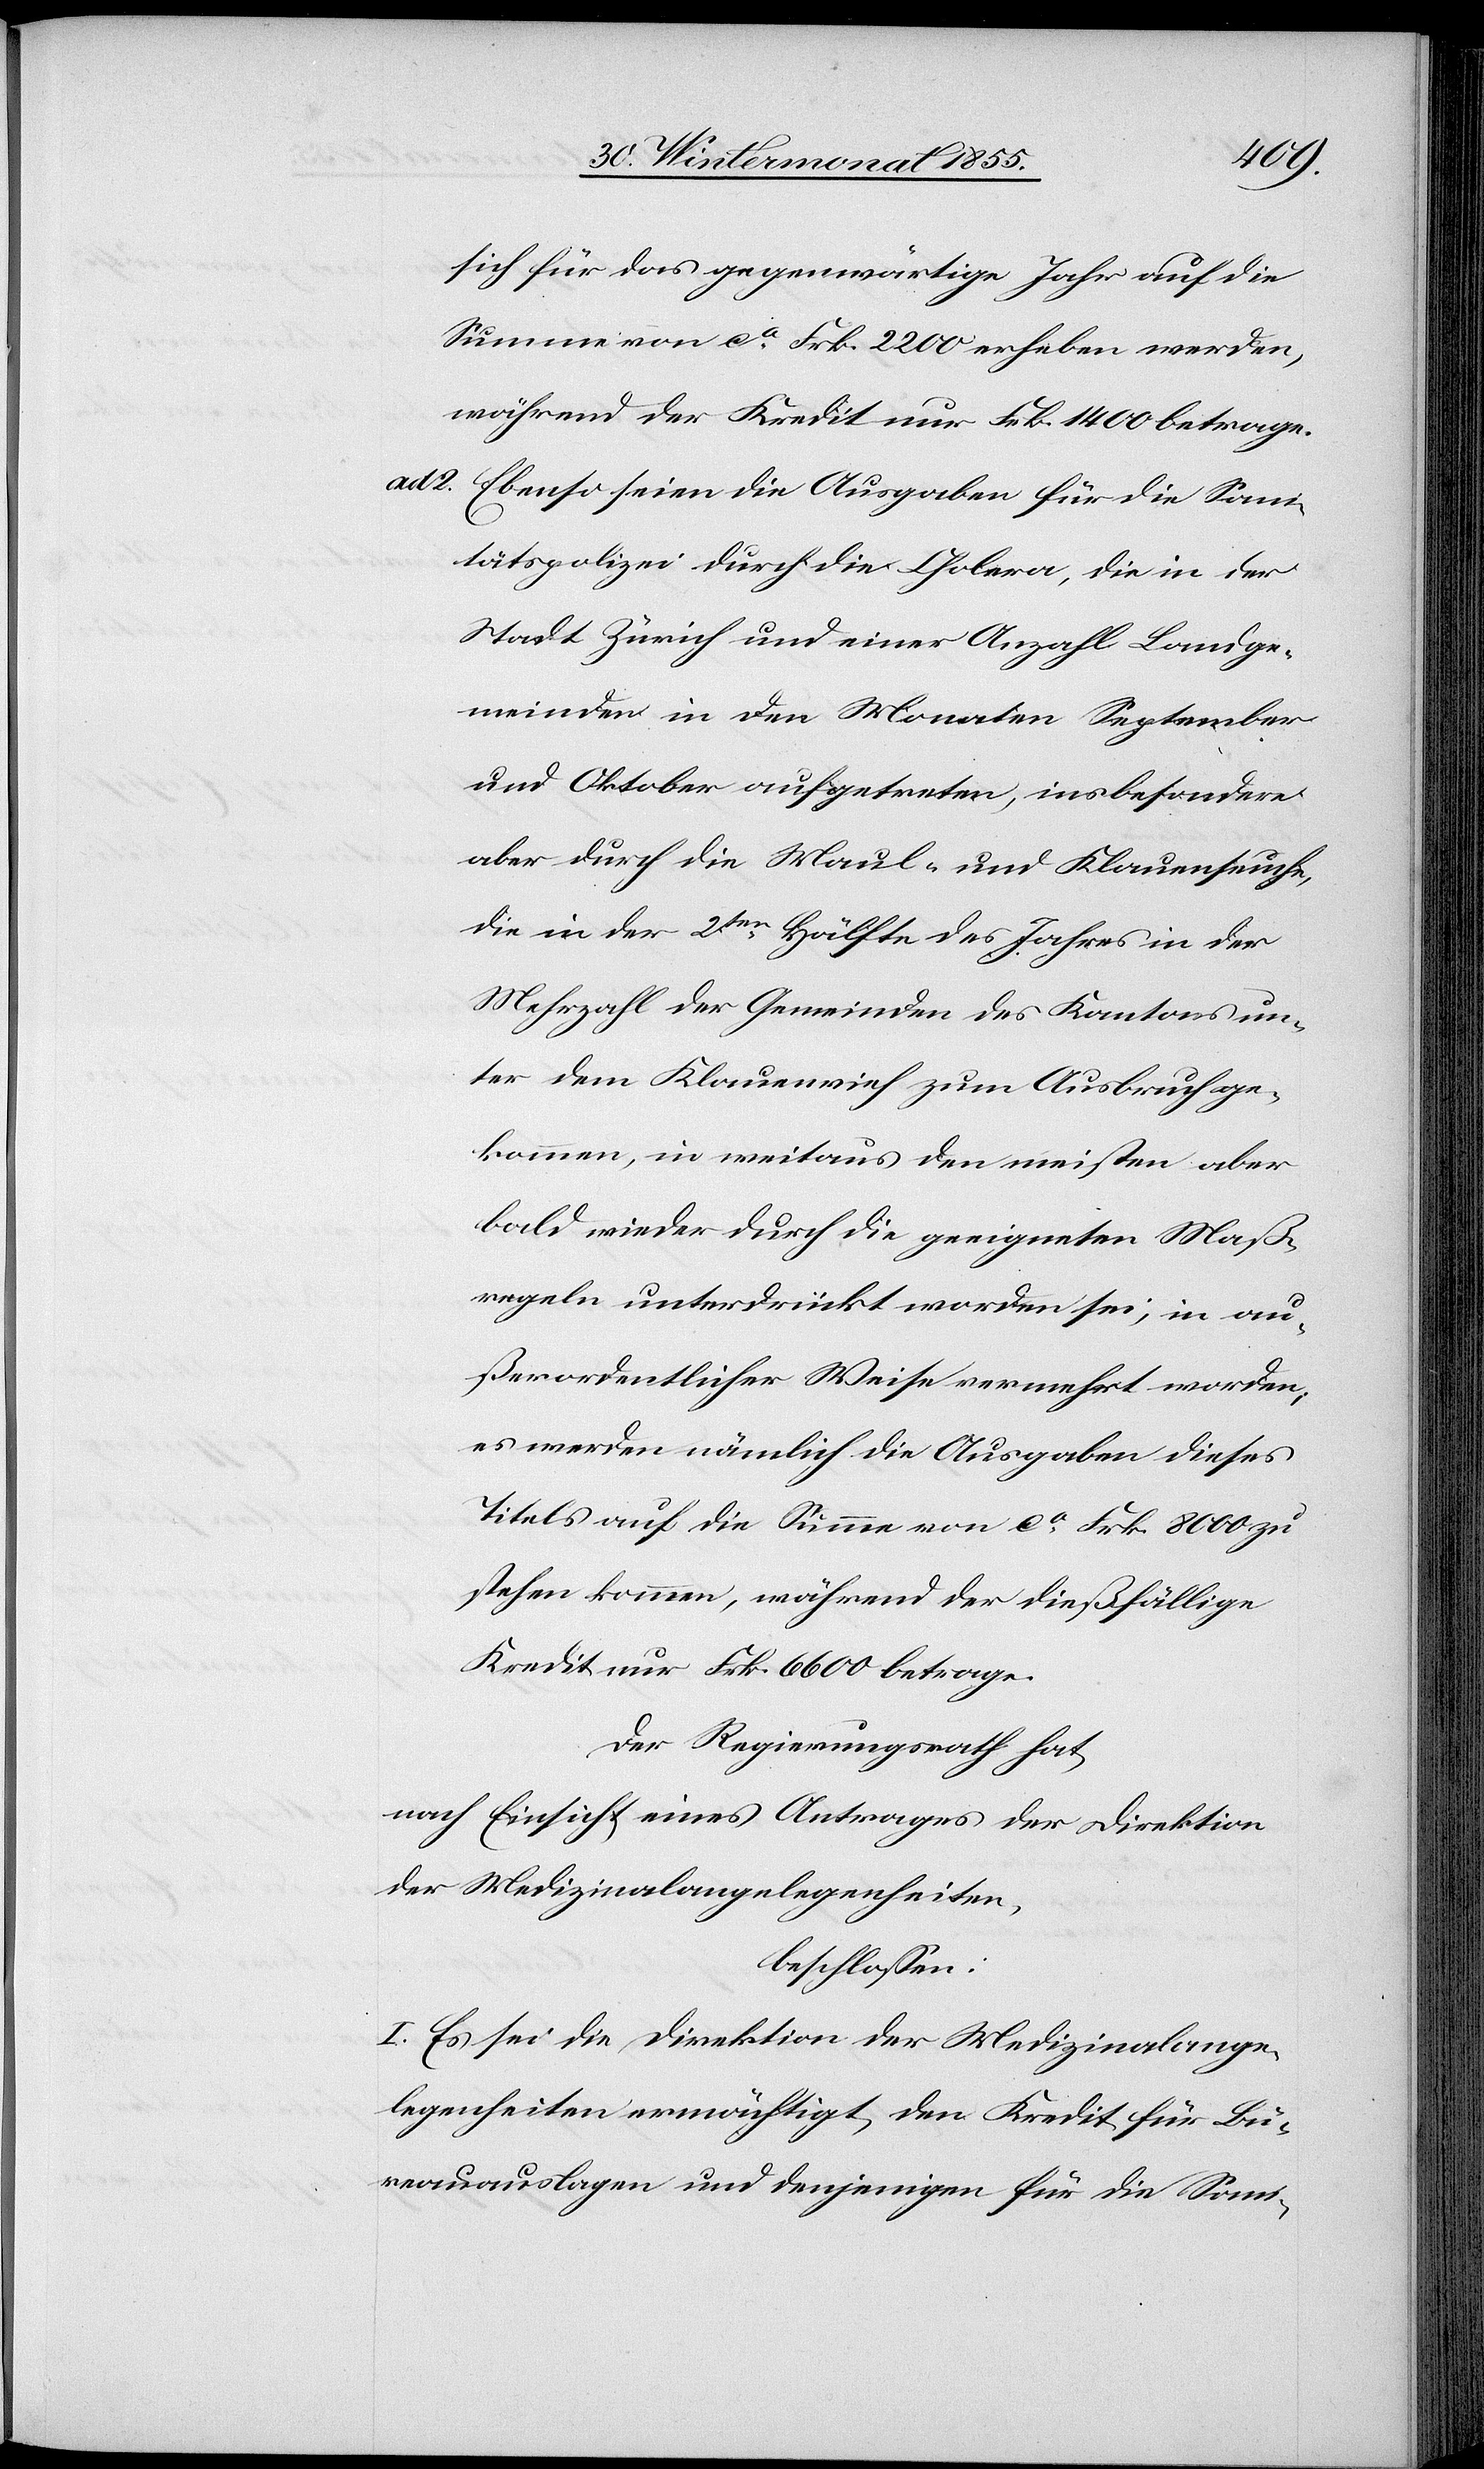
sich für das gegenwärtige Jahr auf die
Summe von ca. Frk. 2200 erheben werden,
während der Kredit nur Frk. 1400 betrage.
Ebenso seien die Ausgaben für die Sani¬
tätspolizei durch die Cholera, die in der
Stadt Zürich und einer Anzahl Landge¬
meinden in den Monaten September
und Oktober aufgetreten, insbesondere
aber durch die Maul- und Klauenseuche,
die in der 2ten Hälfte des Jahres in der
Mehrzahl der Gemeinden des Kantons un¬
ter dem Klauenvieh zum Ausbruch ge¬
kommen, in weitaus den meisten aber
bald wieder durch die geeigneten Maß¬
regeln unterdrückt worden sei, in au¬
ßerordentlicher Weise vermehrt worden;
es werden nämlich die Ausgaben dieses
Titels auf die Summe von ca. Frk. 8000 zu
stehen kommen, während der dießfällige
Kredit nur Frk. 6600 betrage.
Der Regierungsrath hat,
nach Einsicht eines Antrages der Direktion
der Medizinalangelegenheiten,
beschlossen:
I. Es sei die Direktion der Medizinalange¬
legenheiten ermächtigt, den Kredit für Bü¬
reauauslagen und denjenigen für die Sani-